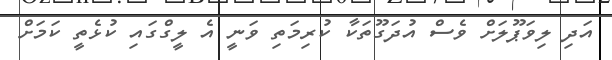
އަދި ލިވަޕޫލަށް ވެސް އުދަގޫތަކާ ކުރިމަތި ވަނީ އެ ލީގްގައި ކުޅެތީ ކަމަށް